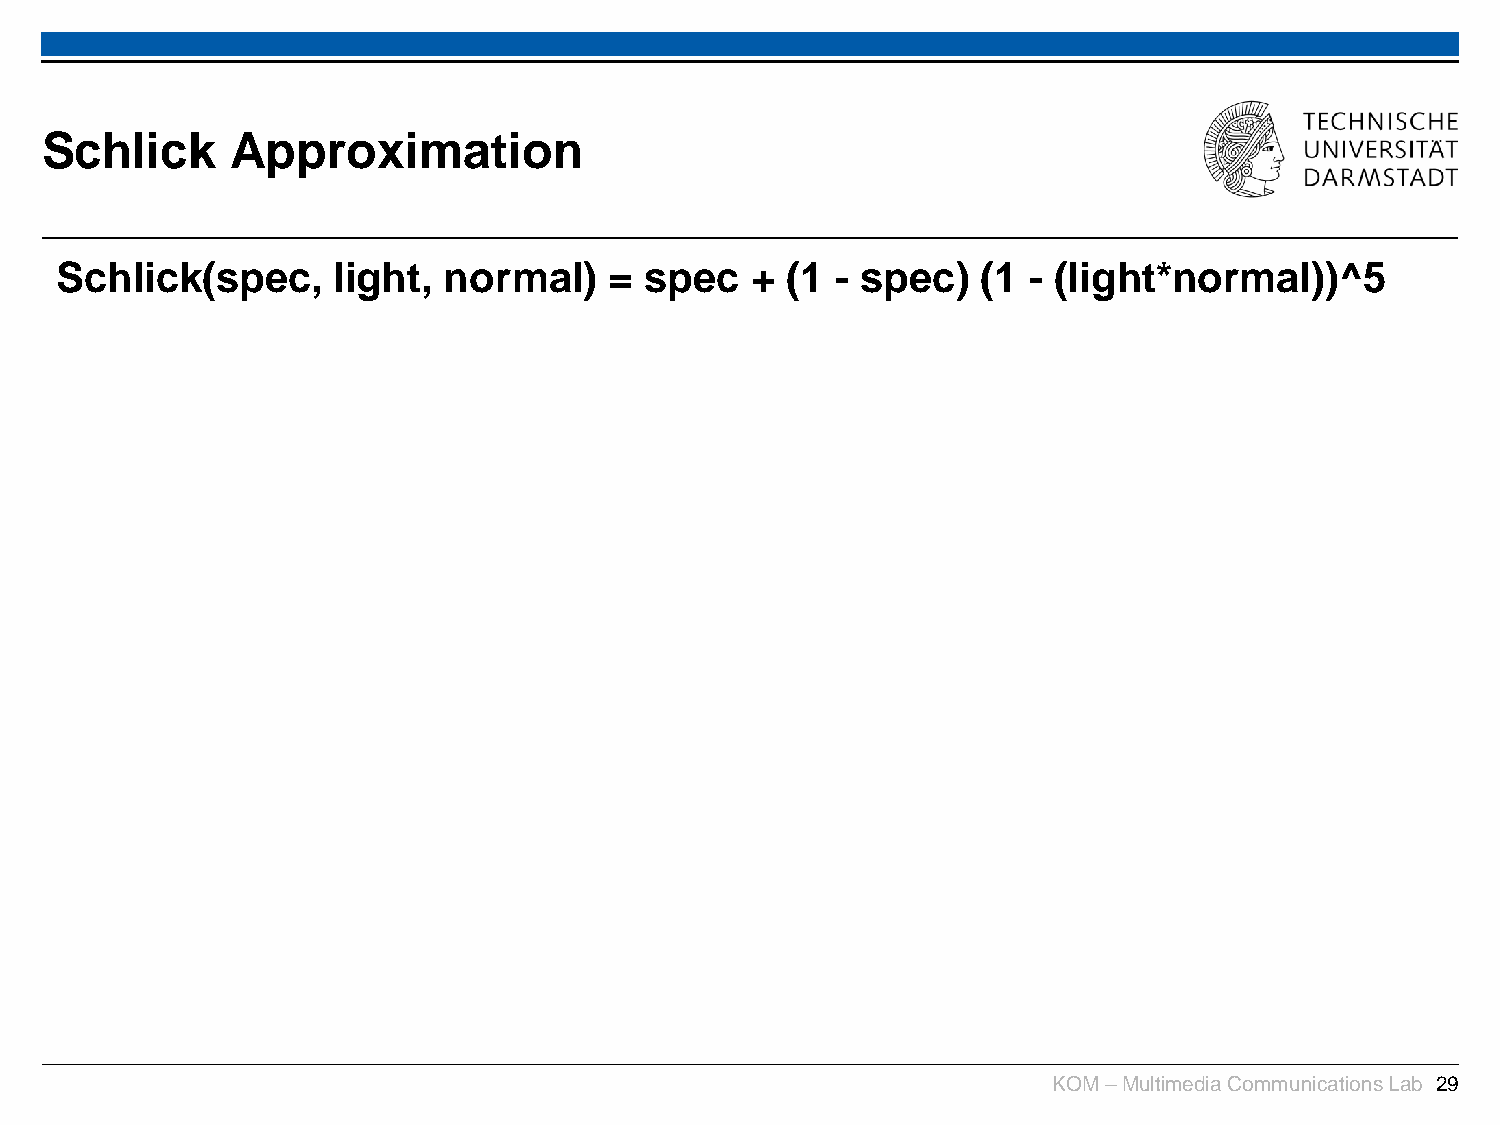
Schlick     Approximation
 Schlick(spec,     light, normal)    =  spec   + (1 - spec)   (1 - (light*normal))^5
 KOM –Multimedia Communications Lab 29